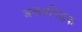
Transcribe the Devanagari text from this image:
अनाथपिंडक